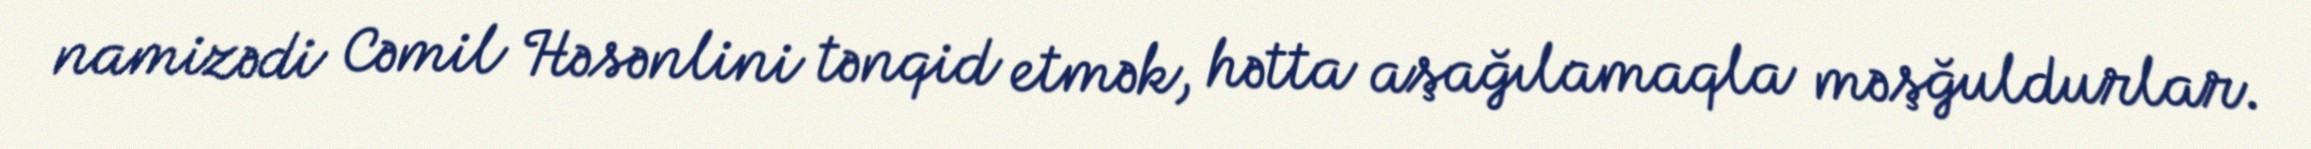
namizədi Cəmil Həsənlini tənqid etmək, hətta aşağılamaqla məşğuldurlar.